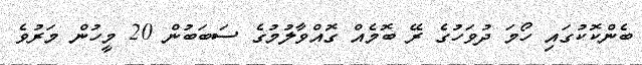
ބެންކޮކުގައި ހޯމަ ދުވަހުގެ ރޭ ބޮމެއް ގޮއްވާލުމުގެ ސަބަބުން 20 މީހުން މަރުވެ